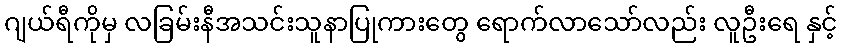
ဂျယ်ရီကိုမှ လခြမ်းနီအသင်းသူနာပြုကားတွေ ရောက်လာသော်လည်း လူဦးရေ နှင့်